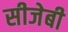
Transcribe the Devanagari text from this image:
सीजेबी